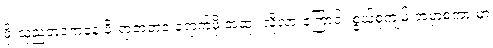
ဖိုးသုညဘဝကနေ ဖိုးရာဇာဘဝ ရောက်ဖို့ အထူး လိုလားကြောင်း စွယ်စုံကျမ်းအမှာစကားမှာ